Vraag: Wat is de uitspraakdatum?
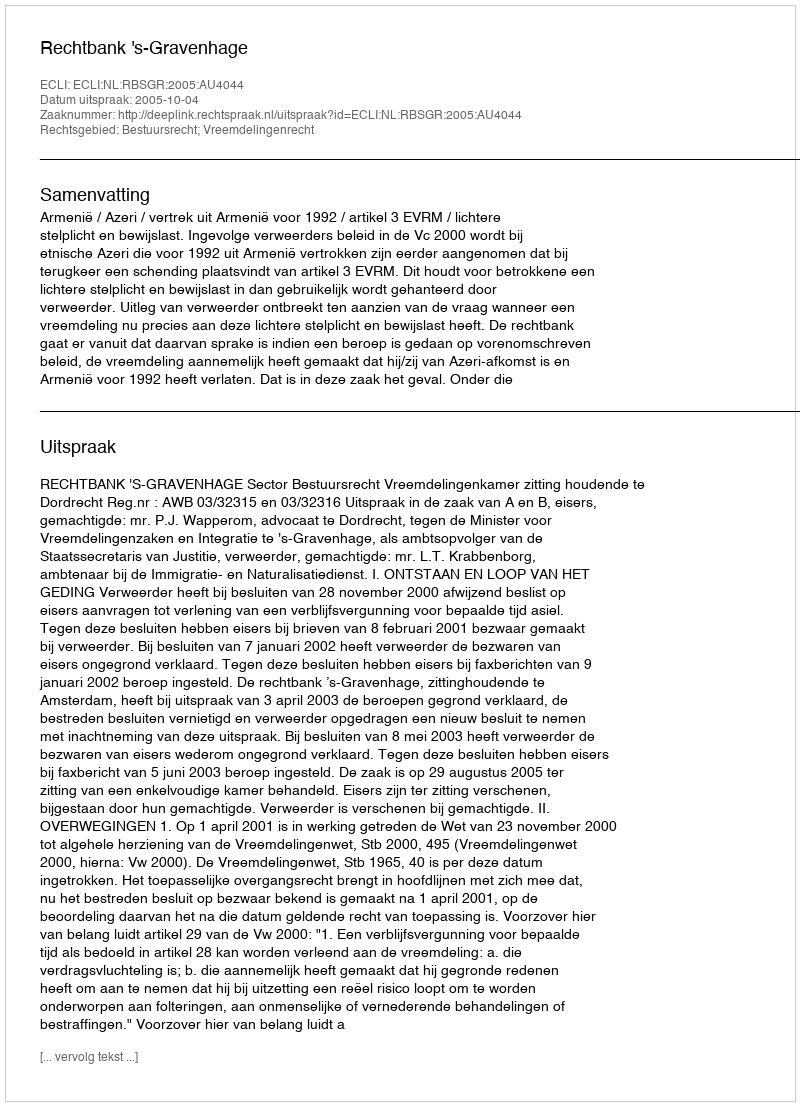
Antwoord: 2005-10-04